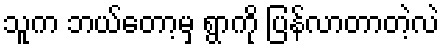
သူက ဘယ်တော့မှ ရွာကို ပြန်လာတာတဲ့လဲ